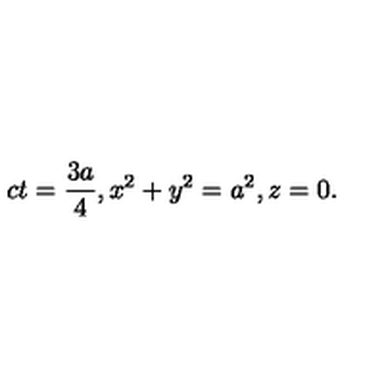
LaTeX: c t = \frac { 3 a } { 4 } , x ^ { 2 } + y ^ { 2 } = a ^ { 2 } , z = 0 .